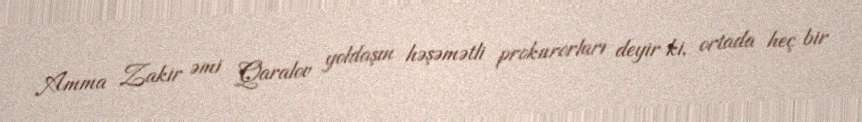
Amma Zakir əmi Qaralov yoldaşın həşəmətli prokurorları deyir ki, ortada heç bir